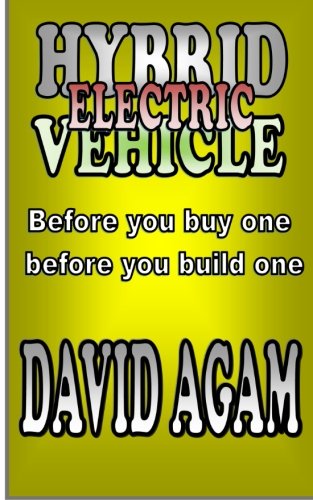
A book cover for Hybrid Electric vehicle: Before you buy one , before you build one; David Agam; Engineering & Transportation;